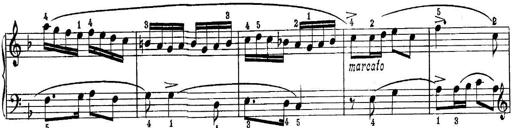
Title: Piano Sonatina No.1 in C major
Composer: Tadeusz Joteyko
Key: C major